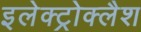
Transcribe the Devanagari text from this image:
इलेक्ट्रोक्लैश